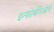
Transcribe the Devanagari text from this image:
इन्फ़ोर्मतिओन